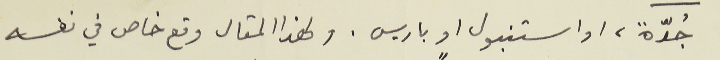
جُدّةً، او استنبول او باريس. ولهذا المقال وقع خاص في نفسه